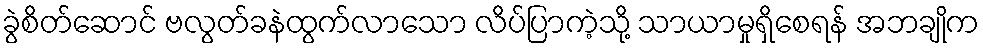
ခွဲစိတ်ဆောင် ဗလွတ်ခနဲထွက်လာသော လိပ်ပြာကဲ့သို့ သာယာမှုရှိစေရန် အဘချိုက